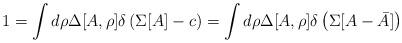
LaTeX: \begin{align*}1=\int d\rho\Delta[A,\rho]\delta\left(\Sigma [A]-c\right) =\int d\rho\Delta[A,\rho]\delta\left(\Sigma [A-\bar{A}]\right)\end{align*}